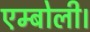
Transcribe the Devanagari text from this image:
एम्बोली।